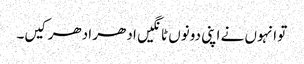
تو انہوں نے اپنی دونوں ٹانگیں ادھر ادھر کیں۔